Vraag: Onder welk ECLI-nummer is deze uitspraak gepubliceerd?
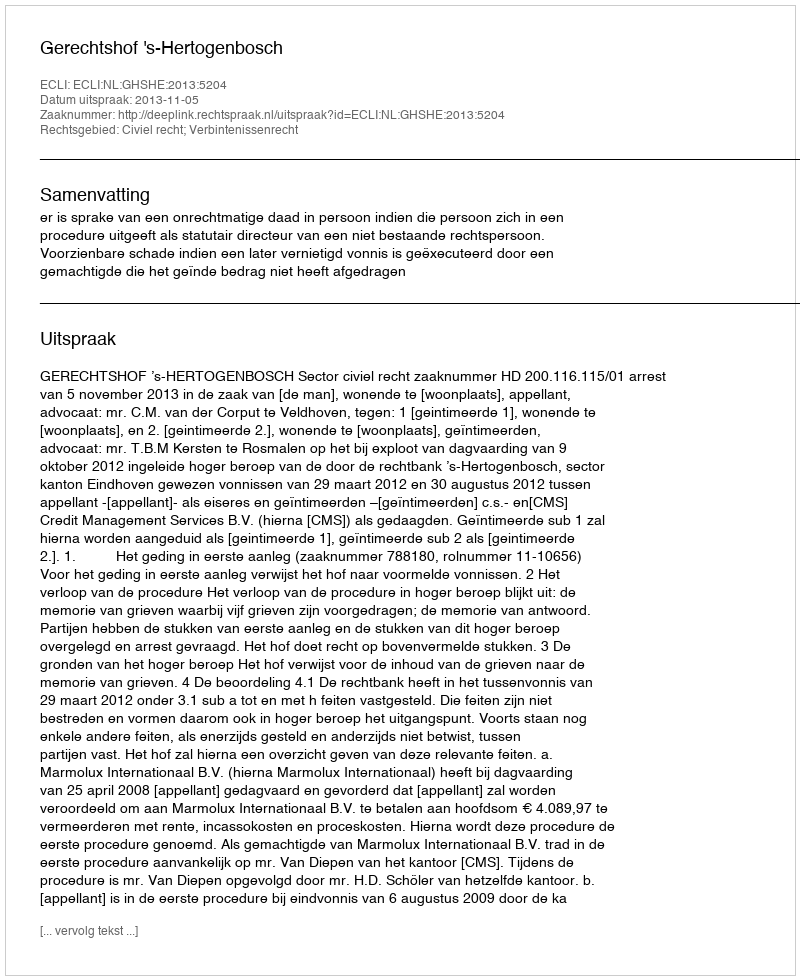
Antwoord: ECLI:NL:GHSHE:2013:5204